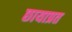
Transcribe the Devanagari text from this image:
छायाप्रत